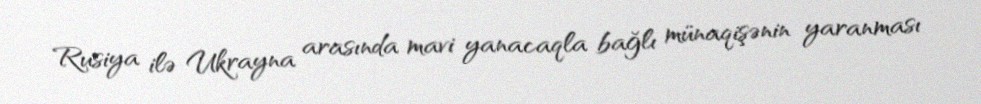
Rusiya ilə Ukrayna arasında mavi yanacaqla bağlı münaqişənin yaranması